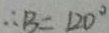
\therefore B = 1 2 0 ^ { \circ }